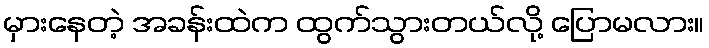
မှားနေတဲ့ အခန်းထဲက ထွက်သွားတယ်လို့ ပြောမလား။